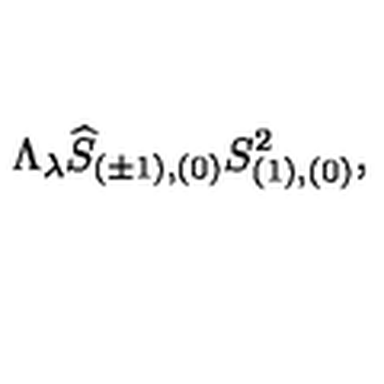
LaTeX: \Lambda _ { \lambda } \widehat { S } _ { ( \pm 1 ) , ( 0 ) } S _ { ( 1 ) , ( 0 ) } ^ { 2 } ,